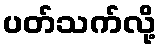
ပတ်သက်လို့